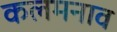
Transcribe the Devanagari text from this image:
कलमनाव